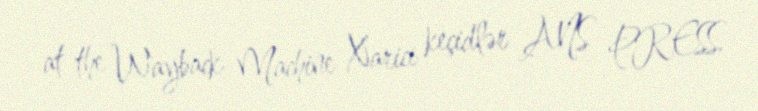
at the Wayback Machine Xarici keçidlər ANS PRESS.